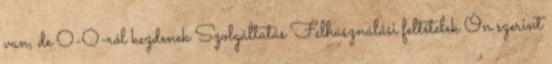
van, de 0-0-ról kezdenek Szolgáltatás Felhasználási feltételek Ön szerint